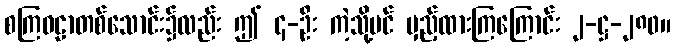
စကြဝဠာတစ်သောင်း၌လည်း ဤ ၄-ဦး ကဲ့သို့ပင် မှည့်ထားကြကြောင်း ၂-ဋ္ဌ-၂၈၀။